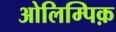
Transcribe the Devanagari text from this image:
ओलिम्पिक़